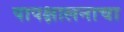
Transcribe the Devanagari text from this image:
पापक्षालनाचा